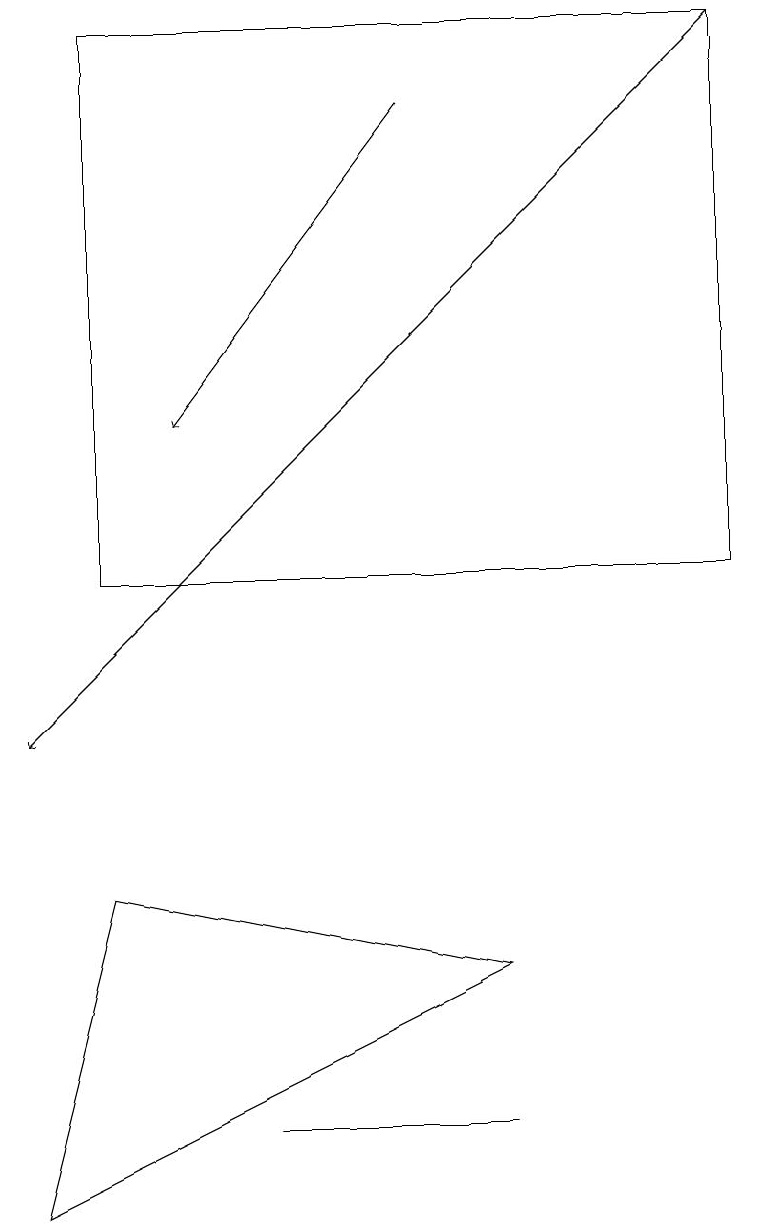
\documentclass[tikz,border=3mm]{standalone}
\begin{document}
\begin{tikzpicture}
\draw[->] (5,18) -- (2,14);
\draw[->] (9,19) -- (0,10);
\draw (1,8) -- (0,4) -- (6,7) -- cycle;
\draw (3,5) -- (6,5) -- (6,5) -- cycle;
\draw (9,19) rectangle (1,12);
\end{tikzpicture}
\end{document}